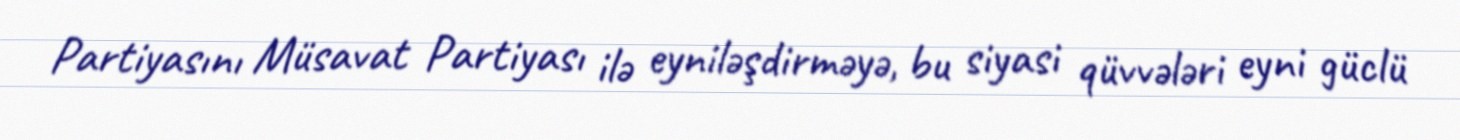
Partiyasını Müsavat Partiyası ilə eyniləşdirməyə, bu siyasi qüvvələri eyni güclü